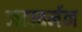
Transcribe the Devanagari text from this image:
जटावर्मन